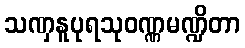
သဏှနူပုရသုဝဏ္ဏမဏ္ဍိတာ